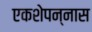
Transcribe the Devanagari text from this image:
एकशेपन्‍नास